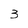
Character: 3